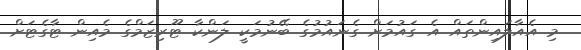
މި އެއާލައިންތައް އެ ގައުމަށް ގެނައުމުގެ ބޭނުމަކީ ލަންކާ ޓޫރިޒަމްގެ މެއިން ޓާގެޓަށް